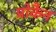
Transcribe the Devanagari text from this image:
प्रोकैन